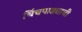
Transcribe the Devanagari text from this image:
चिंचपाड्याची